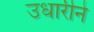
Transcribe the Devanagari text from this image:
उधारीने